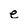
Character: e